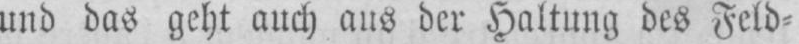
und das geht auch aus der Haltung des Feld⸗